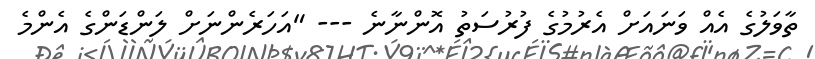
ތާވަލުގެ އެއް ވަނައަށް އެރުމުގެ ފުރުސަތު އޮންނާނެ --- "އަހަރެންނަށް ލަންޑަންގެ އެންމެ